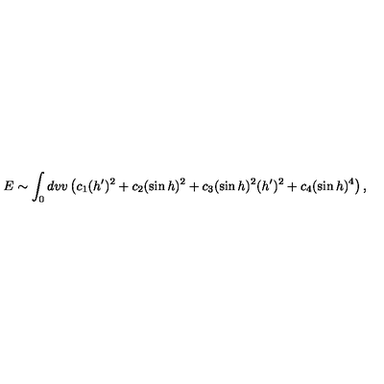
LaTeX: E \sim \int _ { 0 } d v v \left( c _ { 1 } ( h ^ { \prime } ) ^ { 2 } + c _ { 2 } ( \sin h ) ^ { 2 } + c _ { 3 } ( \sin h ) ^ { 2 } ( h ^ { \prime } ) ^ { 2 } + c _ { 4 } ( \sin h ) ^ { 4 } \right) ,